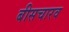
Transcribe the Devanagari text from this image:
बीसचारव